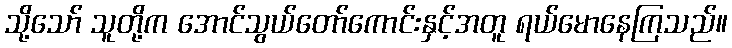
သို့သော် သူတို့က အောင်သွယ်တော်ကောင်းနှင့်အတူ ရယ်မောနေကြသည်။